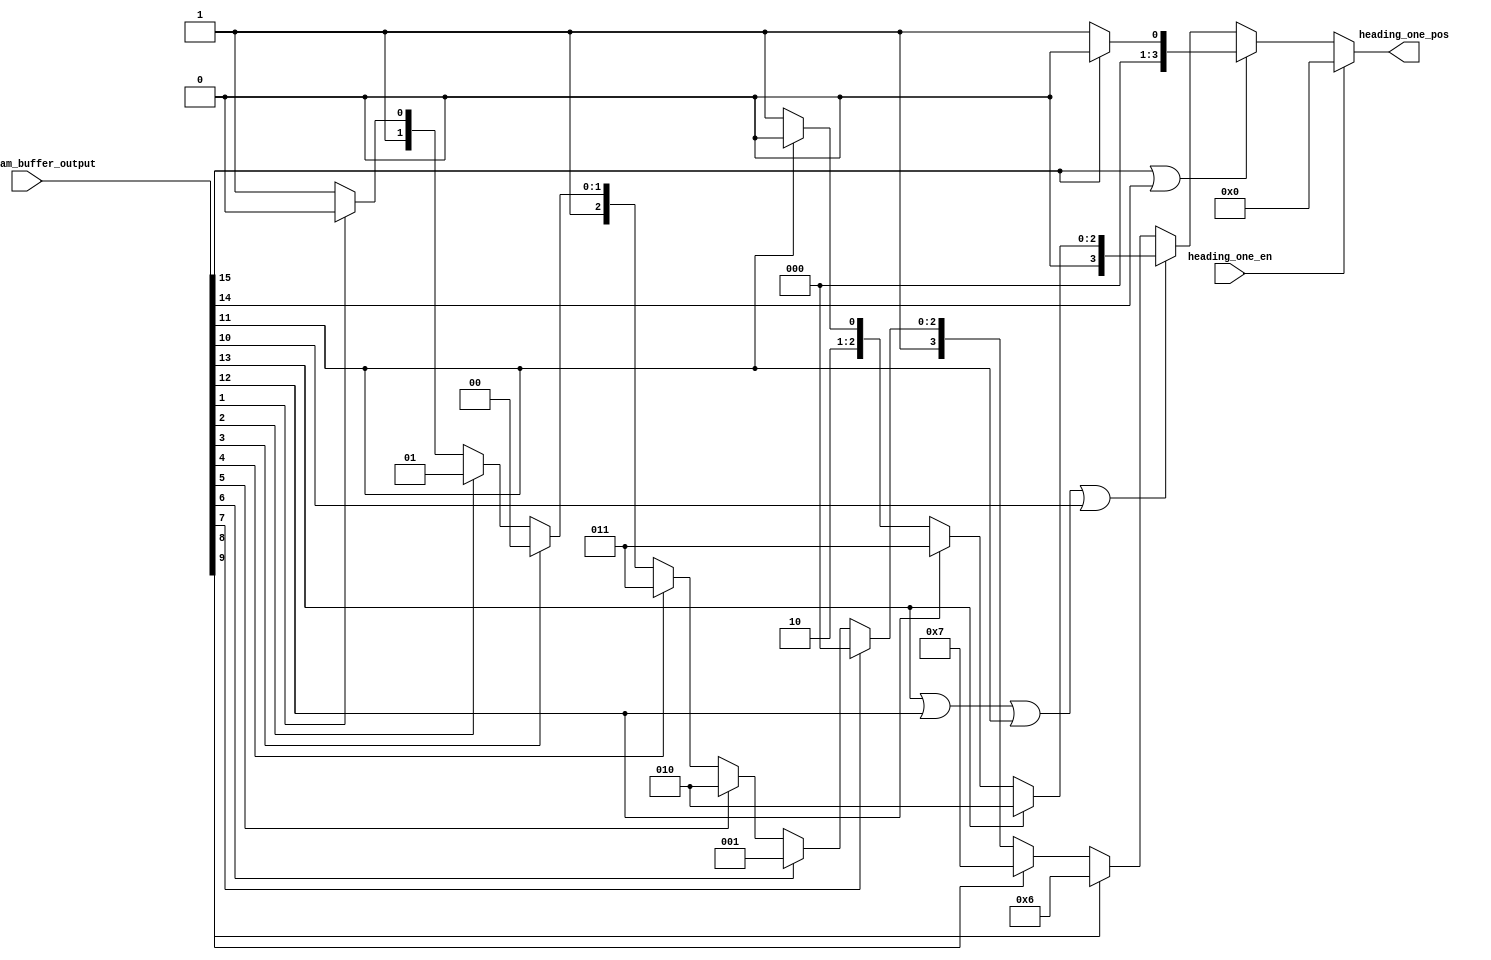
module heading_one_detector (heading_one_en,BitStream_buffer_output,heading_one_pos);
	input heading_one_en;
	input [15:0] BitStream_buffer_output;
	output [3:0] heading_one_pos;
	reg [3:0] heading_one_pos;
	
	always @ (heading_one_en or BitStream_buffer_output) 
		if (heading_one_en == 1'b0)
			begin
				if (BitStream_buffer_output[15] == 1'b1 || BitStream_buffer_output[14] == 1'b1)
					begin
						if (BitStream_buffer_output[15] == 1'b1)	heading_one_pos <= 0;
						else                                      heading_one_pos <= 4'd1; 
					end
				else if (BitStream_buffer_output[13] == 1'b1 || BitStream_buffer_output[12] == 1'b1 || 
                 BitStream_buffer_output[11] == 1'b1 || BitStream_buffer_output[10] == 1'b1)
					begin
						if      (BitStream_buffer_output[13] == 1'b1)	heading_one_pos <= 4'd2;
						else if (BitStream_buffer_output[12] == 1'b1)	heading_one_pos <= 4'd3;
						else if (BitStream_buffer_output[11] == 1'b1)	heading_one_pos <= 4'd4;
						else                                          heading_one_pos <= 4'd5;
					end
				else
					begin
						if      (BitStream_buffer_output[9] == 1'b1)	heading_one_pos <= 4'd6;
						else if (BitStream_buffer_output[8] == 1'b1)	heading_one_pos <= 4'd7;
						else if (BitStream_buffer_output[7] == 1'b1)	heading_one_pos <= 4'd8;
						else if (BitStream_buffer_output[6] == 1'b1)	heading_one_pos <= 4'd9;
						else if (BitStream_buffer_output[5] == 1'b1)	heading_one_pos <= 4'd10; 
						else if (BitStream_buffer_output[4] == 1'b1)	heading_one_pos <= 4'd11;
						else if (BitStream_buffer_output[3] == 1'b1)	heading_one_pos <= 4'd12;
						else if (BitStream_buffer_output[2] == 1'b1)	heading_one_pos <= 4'd13;
						else if (BitStream_buffer_output[1] == 1'b1)	heading_one_pos <= 4'd14;
						else                                          heading_one_pos <= 4'd15;
					end
			end
		else
			heading_one_pos <= 0;
endmodule